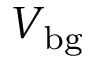
V _ { \mathrm { b g } }